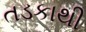
તડકાથી